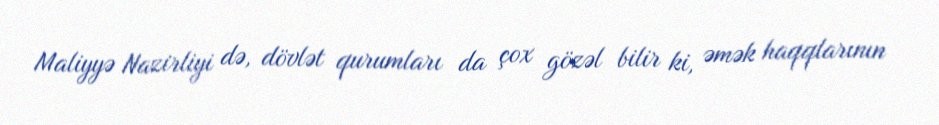
Maliyyə Nazirliyi də, dövlət qurumları da çox gözəl bilir ki, əmək haqqlarının